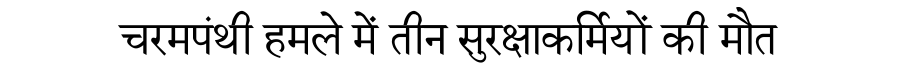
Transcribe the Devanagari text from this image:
चरमपंथी हमले में तीन सुरक्षाकर्मियों की मौत